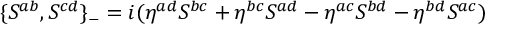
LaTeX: \{ S ^ { a b } , S ^ { c d } \} _ { - } = i ( \eta ^ { a d } S ^ { b c } + \eta ^ { b c } S ^ { a d } - \eta ^ { a c } S ^ { b d } - \eta ^ { b d } S ^ { a c } )